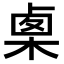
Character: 𣓨